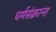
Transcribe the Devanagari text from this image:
धर्मसंक्रान्त